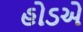
હોડએ